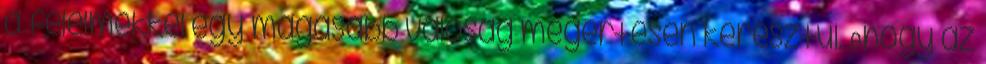
a félelmekkel egy magasabb valóság megértésén keresztül. Ahogy az